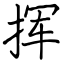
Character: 挥